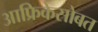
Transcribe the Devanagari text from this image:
आफ्रिकेसोबत